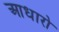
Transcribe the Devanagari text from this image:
आधारो